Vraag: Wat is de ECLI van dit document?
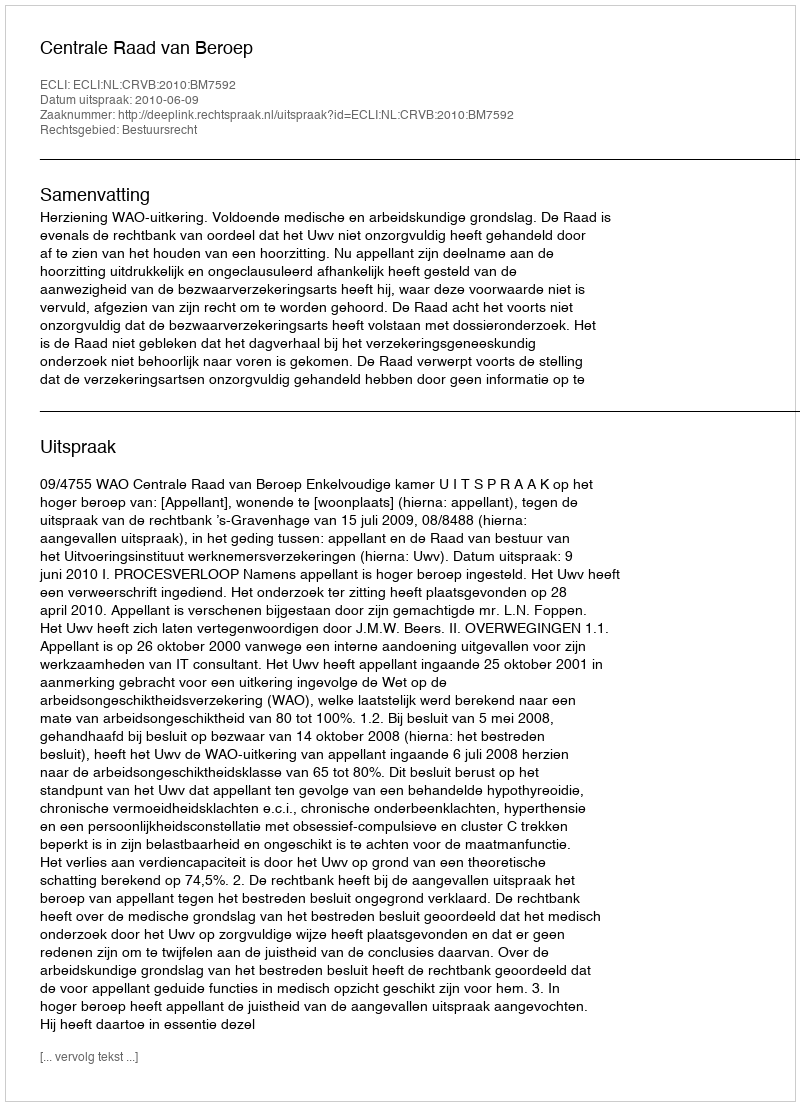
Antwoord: ECLI:NL:CRVB:2010:BM7592